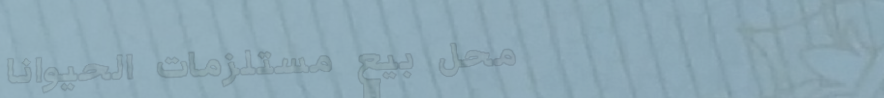
محل بيع مستلزمات الحيوانا